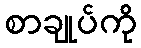
စာချုပ်ကို